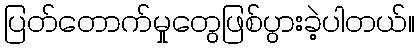
ပြတ်တောက်မှုတွေဖြစ်ပွားခဲ့ပါတယ်။